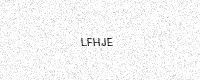
Text: LFHJE